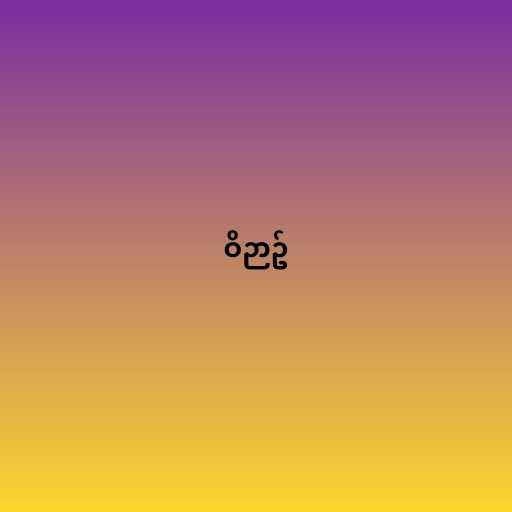
ဝိဉာဥ်